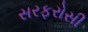
સરફરોસી